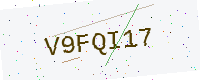
Text: V9FQI17